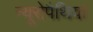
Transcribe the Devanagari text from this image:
न्यूरोपैथियां